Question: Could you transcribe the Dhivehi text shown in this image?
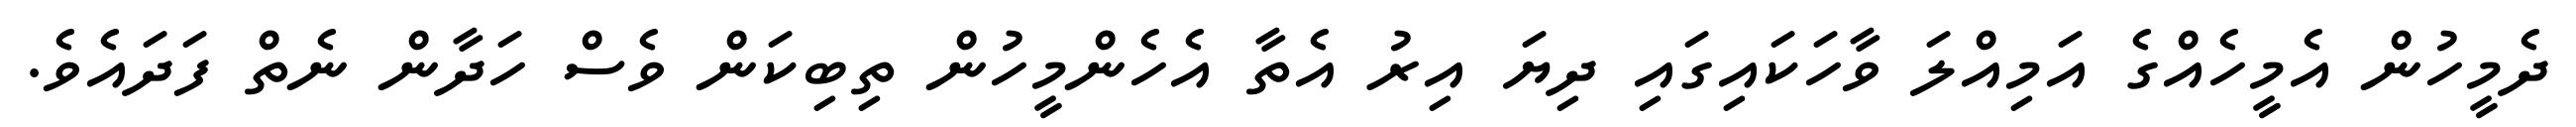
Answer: ދެމީހުން އެމީހެއްގެ އަމިއްލަ ވާހަކައިގައި ދިޔަ އިރު އެތާ އެހެންމީހުން ތިބިކަން ވެސް ހަދާން ނެތް ފަދައެވެ.